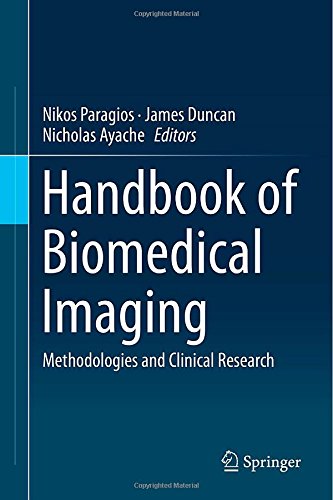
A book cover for Handbook of Biomedical Imaging: Methodologies and Clinical Research (Lecture Notes in Computer Science); Science & Math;